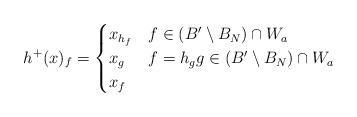
LaTeX: \begin{align*}h^{+}(x)_{f}= \begin{cases} x_{h_{f}} & f\in (B'\setminus B_{N})\cap W_{a}\\ x_{g} & f= h_{g} g\in (B'\setminus B_{N})\cap W_{a}\\ x_{f} & \end{cases}\end{align*}